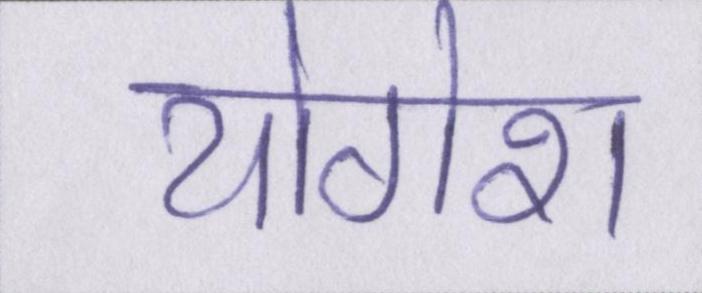
योगेश